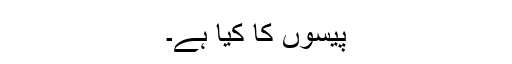
پیسوں کا کیا ہے۔